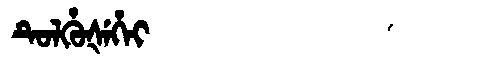
Manchu: ᡨᡠᠯᡥᡠᡧᡝᡥᡝᡳ
Romanization: TULHUŠEHEI